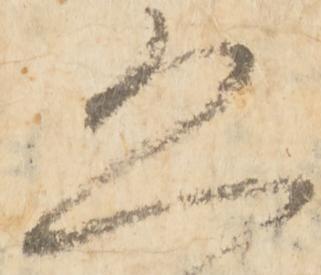
恐